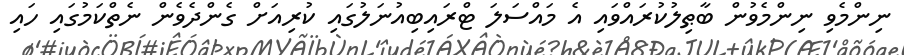
ނިންމެވި ނިންމެވުން ބާޠިލުކުރައްވައި އެ މައްސަލަ ޓްރައިބިއުނަލުގައި ކުރިއަށް ގެންދެވެން ނެތްކަމުގައި ހައި